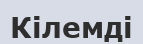
Кілемді